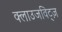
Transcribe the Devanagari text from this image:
क्लाउजविट्ज़